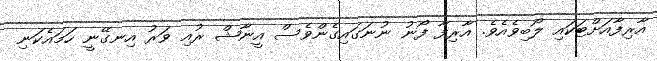
އާރިފާއަށްޓަކައި ލޯބިވެއެވެ. އާރިފާ ފޯނު ނުނަގައިގެންވެސް އީނާޝް ރުއި ވަރު އިނގޭނީ ހަމައެކަނި